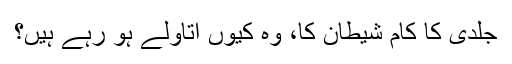
جلدی کا کام شیطان کا، وہ کیوں اتاؤلے ہو رہے ہیں؟